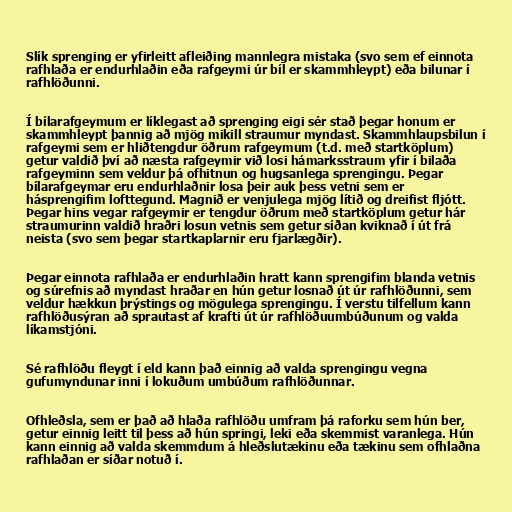
Slík sprenging er yfirleitt afleiðing mannlegra mistaka (svo sem ef einnota
rafhlaða er endurhlaðin eða rafgeymi úr bíl er skammhleypt) eða bilunar í
rafhlöðunni.

Í bílarafgeymum er líklegast að sprenging eigi sér stað þegar honum er
skammhleypt þannig að mjög mikill straumur myndast. Skammhlaupsbilun í
rafgeymi sem er hliðtengdur öðrum rafgeymum (t.d. með startköplum)
getur valdið því að næsta rafgeymir við losi hámarksstraum yfir í bilaða
rafgeyminn sem veldur þá ofhitnun og hugsanlega sprengingu. Þegar
bílarafgeymar eru endurhlaðnir losa þeir auk þess vetni sem er
hásprengifim lofttegund. Magnið er venjulega mjög lítið og dreifist fljótt.
Þegar hins vegar rafgeymir er tengdur öðrum með startköplum getur hár
straumurinn valdið hraðri losun vetnis sem getur síðan kviknað í út frá
neista (svo sem þegar startkaplarnir eru fjarlægðir).

Þegar einnota rafhlaða er endurhlaðin hratt kann sprengifim blanda vetnis
og súrefnis að myndast hraðar en hún getur losnað út úr rafhlöðunni, sem
veldur hækkun þrýstings og mögulega sprengingu. Í verstu tilfellum kann
rafhlöðusýran að sprautast af krafti út úr rafhlöðuumbúðunum og valda
líkamstjóni.

Sé rafhlöðu fleygt í eld kann það einnig að valda sprengingu vegna
gufumyndunar inni í lokuðum umbúðum rafhlöðunnar.

Ofhleðsla, sem er það að hlaða rafhlöðu umfram þá raforku sem hún ber,
getur einnig leitt til þess að hún springi, leki eða skemmist varanlega. Hún
kann einnig að valda skemmdum á hleðslutækinu eða tækinu sem ofhlaðna
rafhlaðan er síðar notuð í.